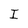
Character: I